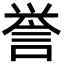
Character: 誉